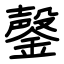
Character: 鏧